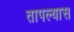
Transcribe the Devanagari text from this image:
तापल्यास